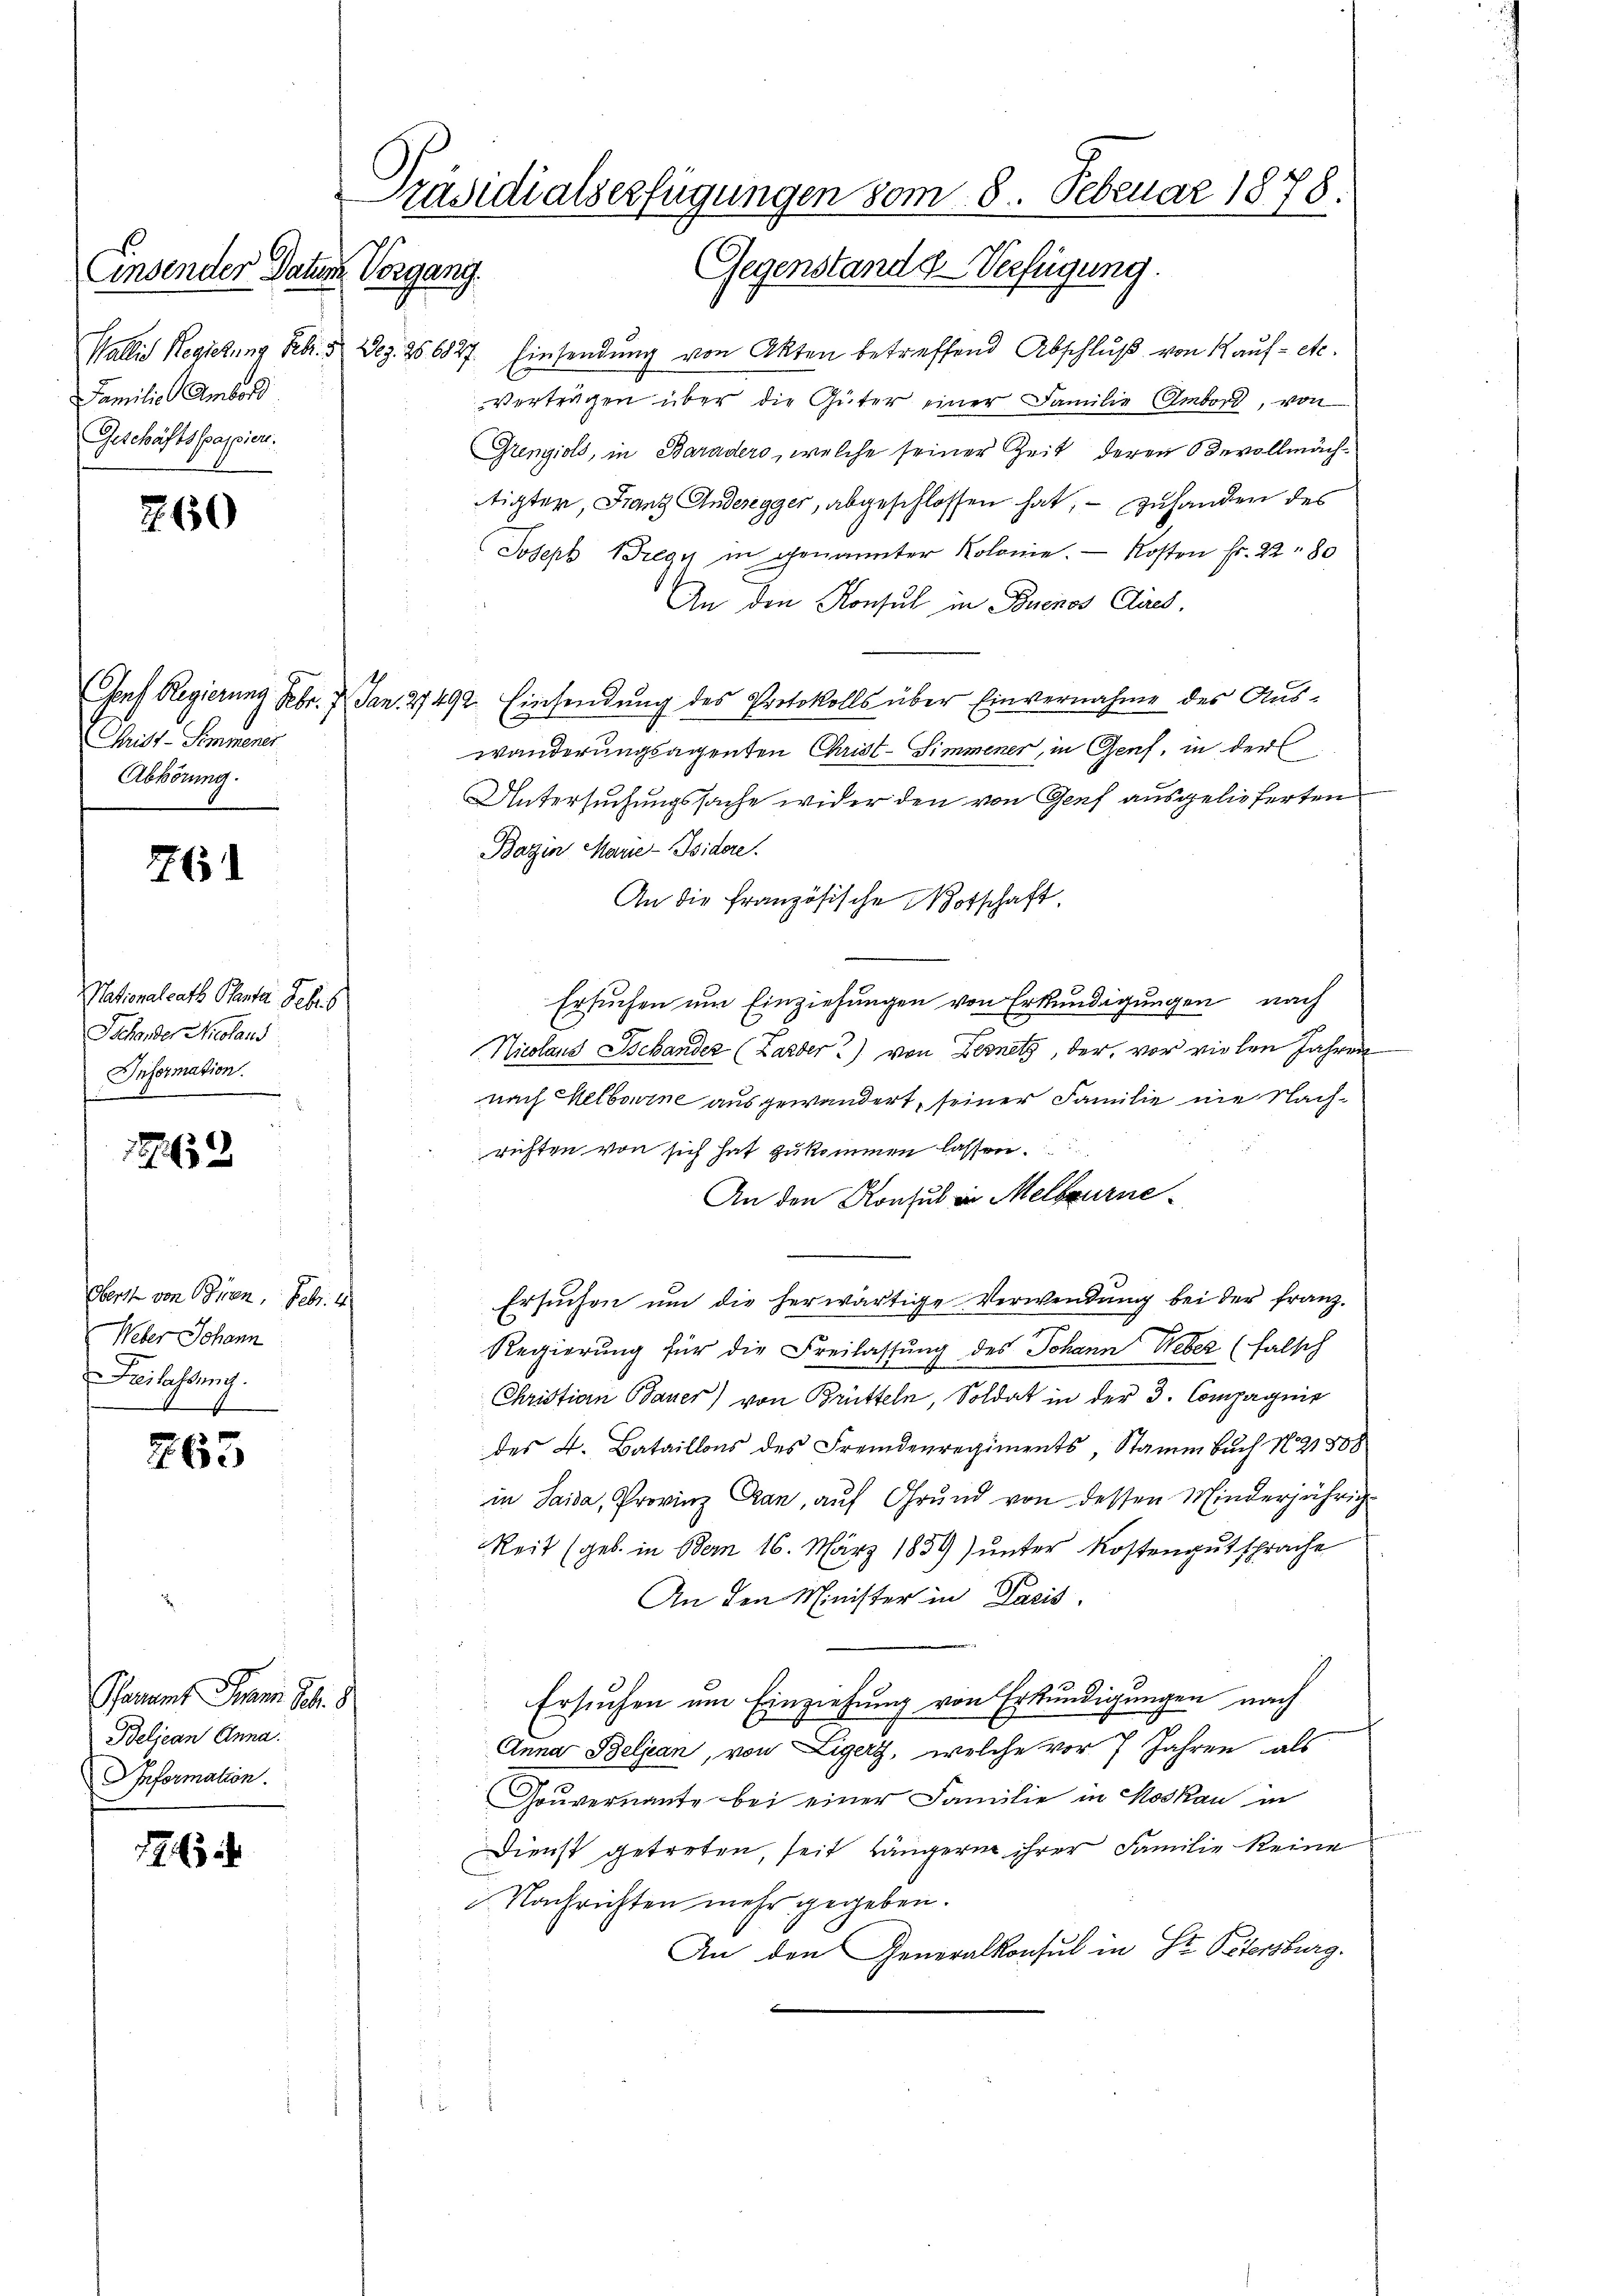
Familie Ambord
Geschäftspapier.

260

Christ. Sonner
Abhörung.

761

Nationalrath Planta Febr. s
Tschender Nicolaus
Information.

157653

Oberst von Giren. Febr. 1
Weber Johann
Freilassung
f

263

Pfenamt Franz Seb. 8
Belican Anna
Pformation.

76

Präsidialserfügungen vom 8. Februar 1878.
Gegenstand d Verfügung.
Einsender Datum Vorgang.

Wallis Regierung Febr. 5 Dez. 256827. Einsendung von Akten betreffend Abschluß von 1 auf- etc.
Verträgen über die Güter einer Familie (Ambord, von
Grenzials, in Baraders, welche seiner Zeit deren Bevollmächtigter, Franz Anderegger, abgeschlossen hat, – zuhanden des
Joseph Bregy in genannter Kolonie. - Kosten Fr. 22. 80
An den Konsul in Buenos Clires,
Csorf Regierung Febr. 7. Jan. 27492. Einsendung des Protokolls über Einvernahme des Aus¬
C
wanderungsagenten Christ-Simmener, in Genf, in der
Untersuchungssache wider den von Genf ausgelieferten
Bazin Marie-Isidere.
An die französische Botschaft,
Ersuchen um Einziehungen von Erkundigungen nach
Nicolaus Tschander (Larder) von Fernetz, der vor vielen Jahren
nach Helborne ausgewandert, seiner Familie nie Nachrichten von sich hat zukommen lassen.
An den Konsul in Melbourne¬
Ersuchen um die herwärtige Verwendung bei der Franz-
Regierung für die Freilassung des Johann Weber (falsch
Christian Bauer) von Brütteln, Soldat in der 3. Compagnie
des K. Bataillons des Fremdenregiments, Stamm buch N. 21508
in Saisa, Provinz an, auf Grund von dessen Minderjährig
Reit (geb. in Bern 16. März 1859) unter Kostengutsprache
An den Minister in Paris,
Ersuchen um Einziehung von Erkundigungen nach
Anna Beljan, von Ligers, welche vor 7 Jahren als
Gouvernante bei einer Familie in Moskau in
Dienst getreten, seit längern ihrer Familie keine
Nachrichten mehr gegeben.
An den Generalkonsul in Hr. Petersburg.